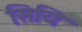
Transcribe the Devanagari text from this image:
सियि